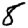
Digit: 8